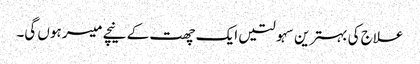
علاج کی بہترین سہولتیں ایک چھت کے نیچے میسر ہوں گی۔